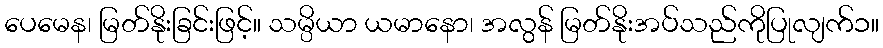
ပေမေန၊ မြတ်နိုးခြင်းဖြင့်။ သမ္ပိယာ ယမာနော၊ အလွန် မြတ်နိုးအပ်သည်ကိုပြုလျက်၁။